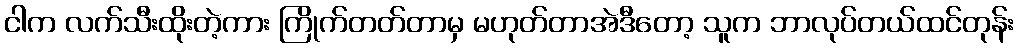
ငါက လက်သီးထိုးတဲ့ကား ကြိုက်တတ်တာမှ မဟုတ်တာအဲဒီတော့ သူက ဘာလုပ်တယ်ထင်တုန်း